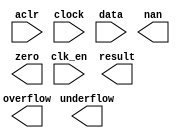
// megafunction wizard: %ALTFP_EXP%VBB%
// GENERATION: STANDARD
// VERSION: WM1.0
// MODULE: ALTFP_EXP 

// ============================================================
// Megafunction Name(s):
// 			ALTFP_EXP
//
// Simulation Library Files(s):
// 			lpm
// ============================================================
// ************************************************************
// THIS IS A WIZARD-GENERATED FILE. DO NOT EDIT THIS FILE!
//
// 11.1 Build 173 11/01/2011 SJ Full Version
// ************************************************************

//Copyright (C) 1991-2011 Altera Corporation
//Your use of Altera Corporation's design tools, logic functions 
//and other software and tools, and its AMPP partner logic 
//functions, and any output files from any of the foregoing 
//(including device programming or simulation files), and any 
//associated documentation or information are expressly subject 
//to the terms and conditions of the Altera Program License 
//Subscription Agreement, Altera MegaCore Function License 
//Agreement, or other applicable license agreement, including, 
//without limitation, that your use is for the sole purpose of 
//programming logic devices manufactured by Altera and sold by 
//Altera or its authorized distributors.  Please refer to the 
//applicable agreement for further details.

module altfp_exp_mf (
	aclr,
	clk_en,
	clock,
	data,
	nan,
	overflow,
	result,
	underflow,
	zero)/* synthesis synthesis_clearbox = 1 */;

	input	  aclr;
	input	  clk_en;
	input	  clock;
	input	[31:0]  data;
	output	  nan;
	output	  overflow;
	output	[31:0]  result;
	output	  underflow;
	output	  zero;

endmodule

// ============================================================
// CNX file retrieval info
// ============================================================
// Retrieval info: LIBRARY: altera_mf altera_mf.altera_mf_components.all
// Retrieval info: PRIVATE: INTENDED_DEVICE_FAMILY STRING "Stratix IV"
// Retrieval info: CONSTANT: INTENDED_DEVICE_FAMILY STRING "UNUSED"
// Retrieval info: CONSTANT: LPM_HINT STRING "UNUSED"
// Retrieval info: CONSTANT: LPM_TYPE STRING "altfp_exp"
// Retrieval info: CONSTANT: PIPELINE NUMERIC "17"
// Retrieval info: CONSTANT: ROUNDING STRING "TO_NEAREST"
// Retrieval info: CONSTANT: WIDTH_EXP NUMERIC "8"
// Retrieval info: CONSTANT: WIDTH_MAN NUMERIC "23"
// Retrieval info: USED_PORT: aclr 0 0 0 0 INPUT NODEFVAL "aclr"
// Retrieval info: CONNECT: @aclr 0 0 0 0 aclr 0 0 0 0
// Retrieval info: USED_PORT: clk_en 0 0 0 0 INPUT NODEFVAL "clk_en"
// Retrieval info: CONNECT: @clk_en 0 0 0 0 clk_en 0 0 0 0
// Retrieval info: USED_PORT: clock 0 0 0 0 INPUT NODEFVAL "clock"
// Retrieval info: CONNECT: @clock 0 0 0 0 clock 0 0 0 0
// Retrieval info: USED_PORT: data 0 0 32 0 INPUT NODEFVAL "data[31..0]"
// Retrieval info: CONNECT: @data 0 0 32 0 data 0 0 32 0
// Retrieval info: USED_PORT: nan 0 0 0 0 OUTPUT NODEFVAL "nan"
// Retrieval info: CONNECT: nan 0 0 0 0 @nan 0 0 0 0
// Retrieval info: USED_PORT: overflow 0 0 0 0 OUTPUT NODEFVAL "overflow"
// Retrieval info: CONNECT: overflow 0 0 0 0 @overflow 0 0 0 0
// Retrieval info: USED_PORT: result 0 0 32 0 OUTPUT NODEFVAL "result[31..0]"
// Retrieval info: CONNECT: result 0 0 32 0 @result 0 0 32 0
// Retrieval info: USED_PORT: underflow 0 0 0 0 OUTPUT NODEFVAL "underflow"
// Retrieval info: CONNECT: underflow 0 0 0 0 @underflow 0 0 0 0
// Retrieval info: USED_PORT: zero 0 0 0 0 OUTPUT NODEFVAL "zero"
// Retrieval info: CONNECT: zero 0 0 0 0 @zero 0 0 0 0
// Retrieval info: GEN_FILE: TYPE_NORMAL altfp_exp_mf.v TRUE FALSE
// Retrieval info: GEN_FILE: TYPE_NORMAL altfp_exp_mf.qip TRUE FALSE
// Retrieval info: GEN_FILE: TYPE_NORMAL altfp_exp_mf.bsf TRUE TRUE
// Retrieval info: GEN_FILE: TYPE_NORMAL altfp_exp_mf_inst.v TRUE TRUE
// Retrieval info: GEN_FILE: TYPE_NORMAL altfp_exp_mf_bb.v TRUE TRUE
// Retrieval info: GEN_FILE: TYPE_NORMAL altfp_exp_mf.inc TRUE TRUE
// Retrieval info: GEN_FILE: TYPE_NORMAL altfp_exp_mf.cmp TRUE TRUE
// Retrieval info: LIB_FILE: lpm